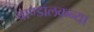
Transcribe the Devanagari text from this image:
चाण्डालकन्या